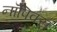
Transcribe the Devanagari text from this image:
नॉपिक्स